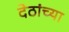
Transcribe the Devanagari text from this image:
देठांच्या